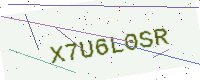
Text: X7U6L0SR